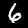
Label: 6